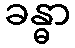
ခန္ဓာ